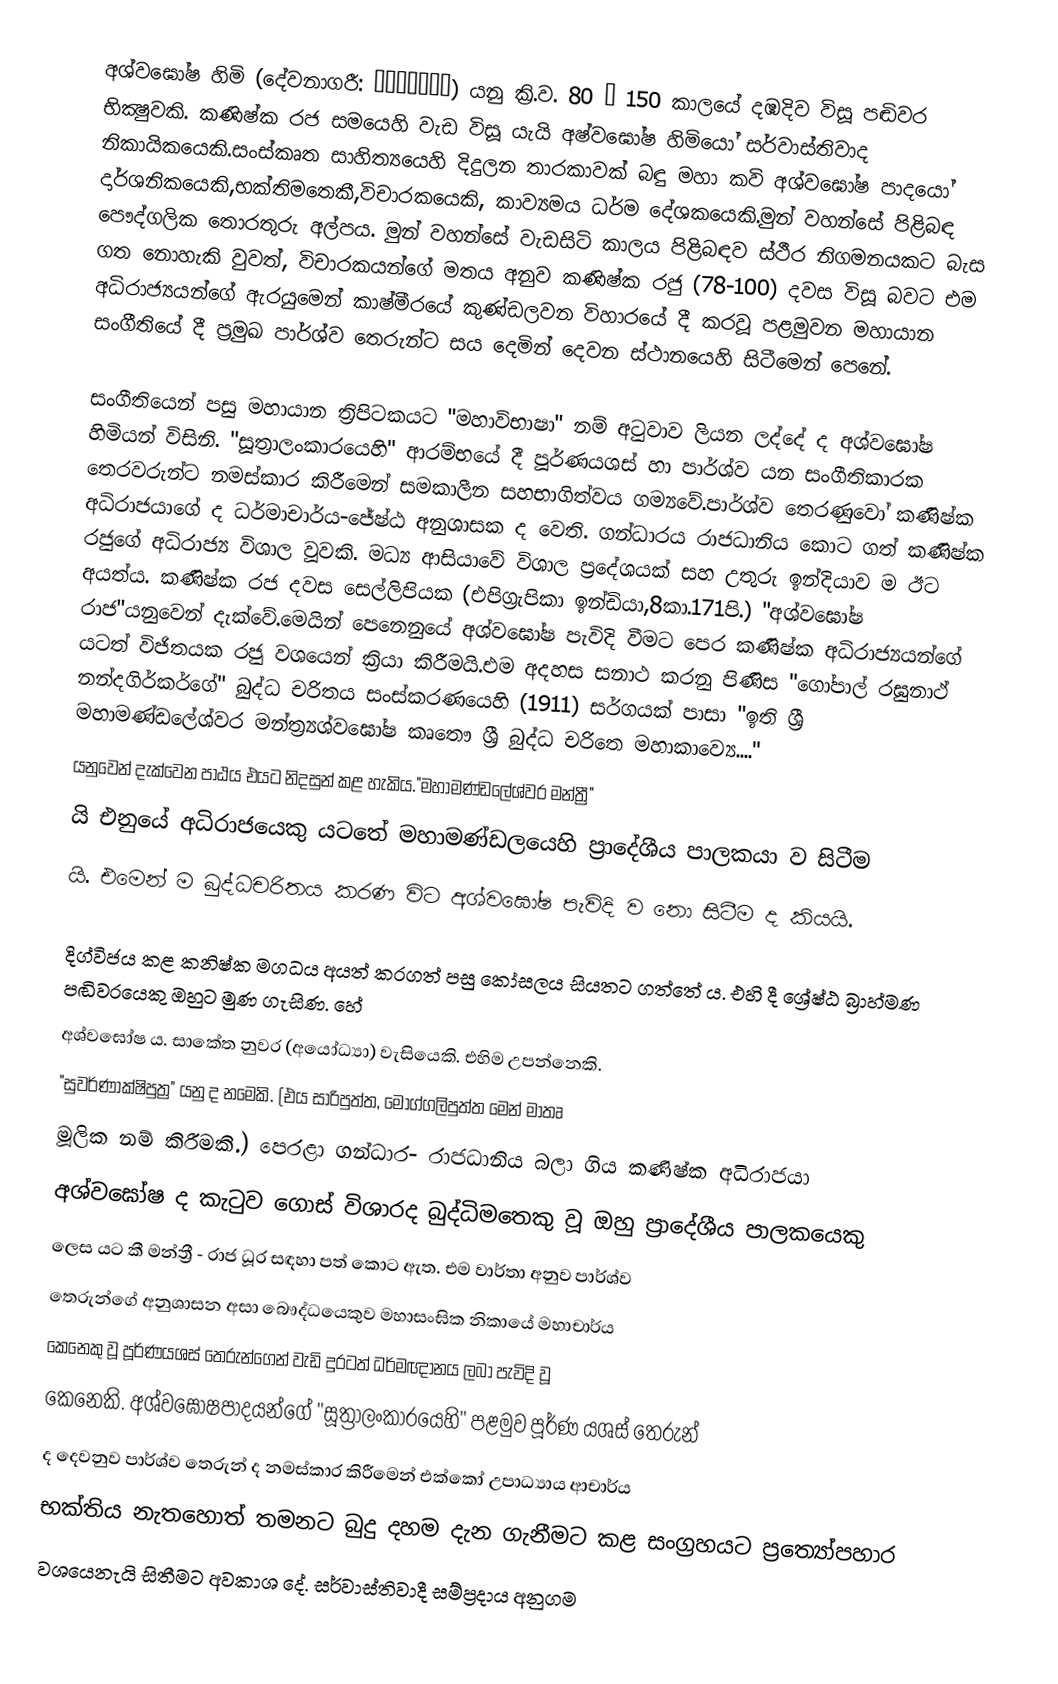
අශ්වඝෝෂ හිමි (දේවනාගරී: अश्वघोष) යනු ක්‍රි.ව.  80 – 150 කාලයේ දඹදිව විසූ පඬිවර භික්‍ෂුවකි. කණිෂ්ක රජ සමයෙහි වැඩ විසූ යැයි අෂ්වඝෝෂ හිමියෝ සර්වාස්තිවාද නිකායිකයෙකි.සංස්කෘත සාහිත්‍යයෙහි දිදුලන තාරකාවක් බඳු මහා කවි අශ්වඝෝෂ පාදයෝ දාර්ශනිකයෙකි,භක්තිමතෙකී,විචාරකයෙකි, කාව්‍යමය ධර්ම දේශකයෙකි.මුන් වහන්සේ පිළිබඳ පෞද්ගලික තොරතුරු අල්පය. මුන් වහන්සේ වැඩසිටි කාලය පිළිබඳව ස්ථීර නිගමනයකට බැස ගත නොහැකි වුවත්, විචාරකයන්ගේ මතය අනුව කණිෂ්ක රජු (78-100) දවස විසූ බවට එම අධිරාජ්‍යයන්ගේ ඇරයුමෙන් කාෂ්මීරයේ කුණ්ඩලවන විහාරයේ දී කරවූ පළමුවන මහායාන සංගීතියේ දී ප්‍රමුඛ පාර්ශ්ව තෙරුන්ට සය දෙමින් දෙවන ස්ථානයෙහි සිටීමෙන් පෙනේ.

සංගීතියෙන් පසු මහායාන ත්‍රිපිටකයට "මහාවිභාෂා" නම් අටුවාව ලියන ලද්දේ ද අශ්වඝෝෂ හිමියන් විසිනි. "සූත්‍රාලංකාරයෙහි" ආරම්භයේ දී පූර්ණයශස් හා පාර්ශ්ව යන සංගීතිකාරක තෙරවරුන්ට නමස්කාර කිරීමෙන් සමකාලීන සහභාගිත්වය ගම්‍යවේ.පාර්ශ්ව තෙරණුවෝ කණිෂ්ක අධිරාජයාගේ ද ධර්මාචාර්ය-ජේෂ්ඨ අනුශාසක ද වෙති. ගන්ධාරය රාජධානිය කොට ගත් කණිෂ්ක රජුගේ අධිරාජ්‍ය විශාල වූවකි. මධ්‍ය ආසියාවේ විශාල ප්‍රදේශයක් සහ උතුරු ඉන්දියාව ම ඊට අයත්ය. කණිෂ්ක රජ දවස සෙල්ලිපියක (එපිග්‍රැපිකා ඉන්ඩියා,8කා.171පි.) "අශ්වඝෝෂ රාජ"යනුවෙන් දැක්වේ.මෙයින් පෙනෙනුයේ අශ්වඝෝෂ පැවිදි වීමට පෙර කණිෂ්ක අධිරාජ්‍යයන්ගේ යටත් විජිතයක රජු වශයෙන් ක්‍රියා කිරීමයි.එම අදහස සනාථ කරනු පිණිස "ගෝපාල් රඝුනාථ් නන්දගිර්කර්ගේ" බුද්ධ චරිතය සංස්කරණයෙහි (1911) සර්ගයක් පාසා "ඉති ශ්‍රී මහාමණ්ඩලේශ්වර මන්ත්‍ර්‍යශ්වඝෝෂ කෘතෞ ශ්‍රී බුද්ධ චරිතෙ මහාකාව්‍යෙ...."
යනුවෙන් දැක්වෙන පාඨය එයට නිදසුන් කළ හැකිය."මහාමණ්ඩලේශ්වර මන්ත්‍රී"
යි එනුයේ අධිරාජයෙකු යටතේ මහාමණ්ඩලයෙහි ප්‍රාදේශීය පාලකයා ව සිටීම
යි. එමෙන් ම බුද්ධචරිතය කරණ විට අශ්වඝෝෂ පැවිදි ව නො සිටීම ද කියයි.

දිග්විජය කළ කනිෂ්ක මගධය අයත් කරගත් පසු කෝසලය සියතට ගත්තේ ය. එහි දී ශ්‍රේෂ්ඨ බ්‍රාහ්මණ පඬිවරයෙකු ඔහුට මුණ ගැසිණ. හේ
අශ්වඝෝෂ ය. සාකේත නුවර (අයෝධ්‍යා) වැසියෙකි. එහිම උපන්නෙකි.
"සුවර්ණාක්ෂිපුත්‍ර" යනු ද නමෙකි. (එය සාරිපුත්ත, මොග්ගලිපුත්ත මෙන් මාතෘ
මූලික නම් කිරීමකි.) පෙරළා ගන්ධාර- රාජධානිය බලා ගිය කණිෂ්ක අධිරාජයා
අශ්වඝෝෂ ද කැටුව ගොස් විශාරද බුද්ධිමතෙකු වූ ඔහු ප්‍රාදේශීය පාලකයෙකු
ලෙස යට කී මන්ත්‍රී - රාජ ධූර සඳහා පත් කොට ඇත. එම වාර්තා අනුව පාර්ශ්ව
තෙරුන්ගේ අනුශාසන අසා බෞද්ධයෙකුව මහාසංඝික නිකායේ මහාචාර්ය
කෙනෙකු වූ පූර්ණයශස් තෙරුන්ගෙන් වැඩි දුරටත් ධර්මඥානය ලබා පැවිදි වූ
කෙනෙකි. අශ්වඝෝෂපාදයන්ගේ "සූත්‍රාලංකාරයෙහි" පළමුව පූර්ණ යශස් තෙරුන්
ද දෙවනුව පාර්ශ්ව තෙරුන් ද නමස්කාර කිරීමෙන් එක්කෝ උපාධ්‍යාය ආචාර්ය
භක්තිය නැතහොත් තමනට බුදු දහම දැන ගැනීමට කළ සංග්‍රහයට ප්‍රත්‍යෝපහාර
වශයෙනැයි සිතීමට අවකාශ දේ. සර්වාස්තිවාදී සම්ප්‍රදාය අනුගම